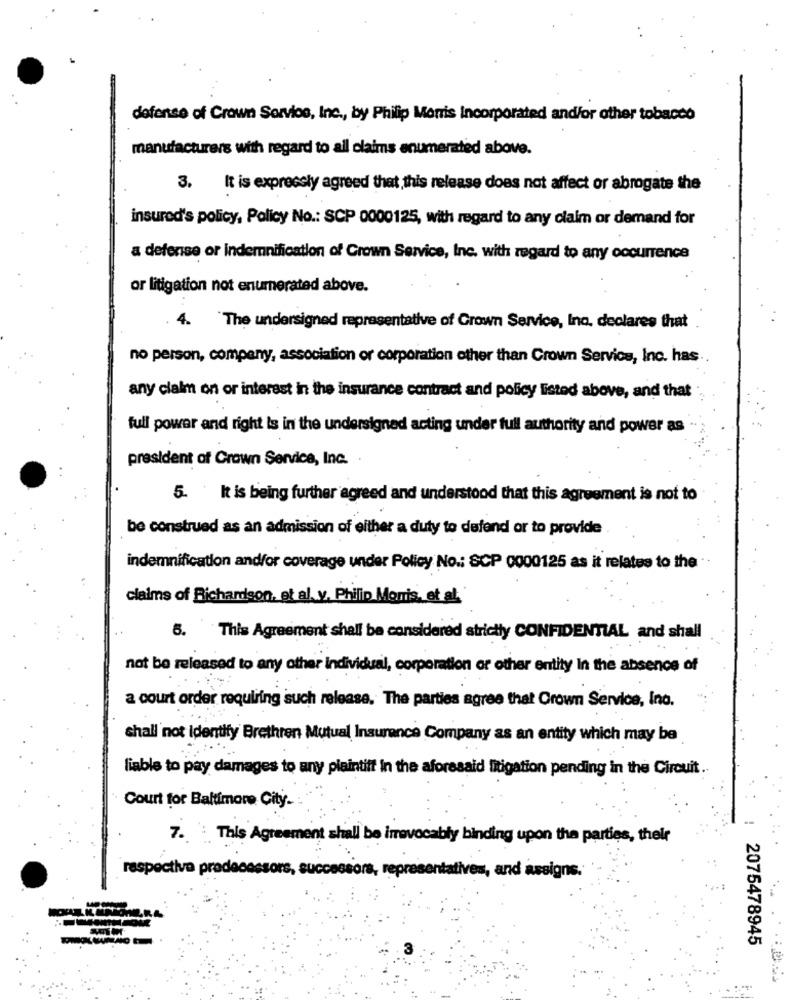
defense of Crown Service, Inc ., by Philip Morris Incorporated and/or other tobacco
manufacturers with regard to all claims enumerated above.
3. It is expressly agreed that this release does not affect or abrogate the
insured's policy, Policy No .: SCP 0000125, with regard to any claim or demand for
a defense or indemnification of Crown Service, Inc. with regard to any occurrence
or litigation not enumerated above.
. 4. 'The undersigned representative of Grown Service, Ino, declares that
no person, company, association or corporation other than Crown Service, Inc. has
any claim on or interest in the insurance contract and policy listed above, and that
full power and right is in the undersigned acting under full authority and power as
president of Crown Service, Inc.
5. It is being further agreed and understood that this agreement is not to
be construed as an admission of either a duty to defend or to provide
indemnification andfor coverage under Policy No .: SCP 0000125 as it relates to the
claims of Richardson, et al. y. Philip Morris, et al.
6. This Agreement shall be considered strictly CONFIDENTIAL and shall
not be released to any other individual, corporation or other entity In the absence of
a court order requiring such release. The parties agree that Crown Service, Ino.
shall not identity Brethren Mutual Insurance Company as an entity which may be
liable to pay damages to any plaintiff in the aforesaid litigation pending in the Circuit ..
Court for Baltimore City.
7. This Agreement shall be irrevocably binding upon the parties, their
respectiva predecessors, successors, representatives, and assigns.
2075478945